Vaccination United Provinces of Agra and Oudh 1914-1922 - 1914-1922
Year: 1914
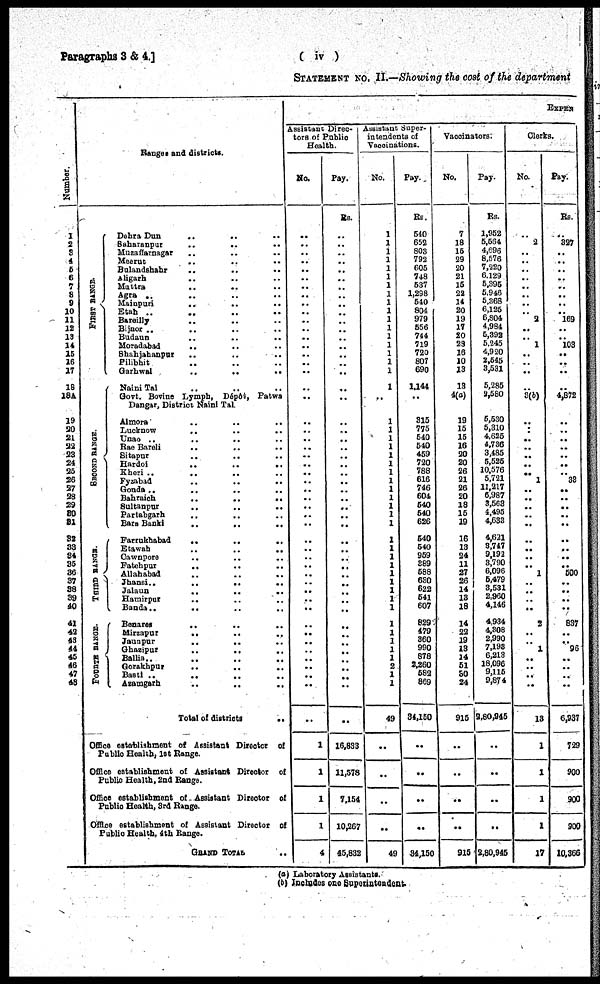
Paragraphs 3 & 4.]
( iv )
STATEMENT NO. II.—Showing the cost of the department
Number.
1
2
3
4
5
6
7
8
9
10
11
12
13
14
15
16
17
18
18A
19
20
21
22
23
24
25
26
27
28
29
30
31
32
33
34
35
36
37
38
39
40
41
42
43
44
45
46
47
48
Ranges and districts.
FIRST RANGE.
SECOND RANGE.
THIRD RANGE.
FOURTH RANGE.
Dehra Dun
..
.. ..
Saharanpur
..
.. ..
Muzaffarnagar .. .. ..
Meerut .. .. ..
Bulandshahr .. .. ..
Aligarh .. .. ..
Muttra .. .. ..
Agra .. .. ..
Mainpuri .. .. ..
Etah .. .. ..
Bareilly .. .. ..
Bijnor .. .. ..
Budaun .. .. ..
Moradabad
.. .. ..
Shahjahanpur .. .. ..
Pilibhit .. .. ..
Garhwal
..
.. ..
Naini Tal .. .. ..
Govt. Bovine Lymph, Dépôt, Patwa
Dangar, District Naini Tal.
Almora .. .. ..
Lucknow
..
..
..
Unao .. .. ..
Rae Bareli .. .. ..
Sitapur .. .. ..
Hardoi .. .. ..
Kheri ..
..
..
Fyzabad .. .. ..
Gonda ..
..
..
..
Bahraich
..
..
..
Sultanpur
..
..
..
Partabgarh .. .. ..
Bara Banki .. .. ..
Farrukhabad
..
..
..
Etawah .. .. ..
Cawnpore
.. .. ..
Fatehpur
.. .. ..
Allahabad .. .. ..
Jhansi..
..
..
..
Jalaun .. .. ..
Hamirpur
.. .. ..
Banda..
.. ..
Benares .. .. ..
Mirzapur
.. .. ..
Jaunpur
..
.. ..
Ghazipur .. .. ..
Ballia .. .. ..
Gorakhpur .. .. ..
Basti .. .. ..
Azamgarh .. .. ..
Total of
districts
..
Office establishment of Assistant Director of
Public Health, 1st Range.
Office establishment of Assistant Director of
Public Health, 2nd Range.
Office establishment of Assistant Director of
Public Health, 3rd Range.
Office establishment of Assistant Director of
Public Health, 4th Range.
GRAND TOTAL ..
EXPEN
Assistant Direc¬
tors of Public
Health.
No.
..
..
..
..
..
..
..
..
..
..
..
..
..
..
..
..
..
..
..
..
..
..
..
..
..
..
..
..
..
..
..
..
..
..
..
..
..
..
..
..
..
..
..
..
..
..
..
..
..
1
1
1
1
4
Pay.
Rs.
..
..
..
..
..
..
..
..
..
..
..
..
..
..
..
..
..
..
..
..
..
..
..
..
..
..
..
..
..
..
..
..
..
..
..
..
..
..
..
..
..
..
..
..
..
..
..
..
..
..
16,833
11,578
7,154
10,267
45,832
Assistant Super¬
intendents of
Vaccinations.
No.
1
1
1
1
1
1
1
1
1
1
1
1
1
1
1
1
1
1
..
1
1
1
1
1
1
1
1
1
1
1
1
1
1
1
1
1
1
1
1
1
1
1
1
1
1
1
2
1
1
49
. .
..
..
..
49
Pay.
Rs.
540
652
803
792
605
748
537
1,298
540
804
979
556
744
719
720
807
690
1,144
..
315
775
540
540
459
720
788
616
746
604
540
540
626
540
540
959
889
588
630
622
541
607
829
479
360
990
878
1,260
582
869
34,150
..
..
..
..
34,150
Vaccinators.
No.
7
18
15
29
20
21
15
29
14
20
19
17
20
23
16
10
13
13
4(a)
19
15
15
16
20
20
26
21
26
20
18
15
19
16
13
24
11
27
26
14
13
18
14
22
19
13
14
51
30
24
915
..
..
..
..
915
Pay.
Rs.
1,952
5,584
4,696
8,576
7,220
6,129
5,395
5,946
5,368
6,125
6,804
4,984
5,392
5,245
4,920
2,545
3,531
5,285
2,580
5,530
5,310
4,625
4,736
3,485
5,525
10,576
5,721
11,217
6,987
3,563
4,495
4,633
4,621
3,747
9,192
3,790
6,096
5,479
3,531
2,960
4,146
4,934
4,308
2,990
7,193
6,213
18,096
9,115
9,874
2,80,945
..
..
..
..
2,80,945
Clerks.
No.
..
2
..
..
..
..
..
..
..
..
2
..
..
1
..
..
..
3(b)
..
..
..
..
..
..
..
1
..
..
..
..
..
..
..
..
..
1
..
..
..
..
2
..
1
..
..
..
..
13
1
1
1
1
17
Pay.
Rs.
..
327
..
..
..
..
..
..
..
..
169
..
..
103
..
..
..
..
4,872
..
..
..
..
..
..
33
..
..
..
..
..
..
..
..
..
500
..
..
..
..
837
..
..
96
..
..
..
6,937
729
900
900
900
10,366
(a) Laboratory Assistants.
(b) Includes one Superintendent.